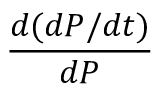
\frac { d ( d P / d t ) } { d P }